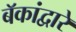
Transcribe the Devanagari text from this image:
बॅकांद्वारे